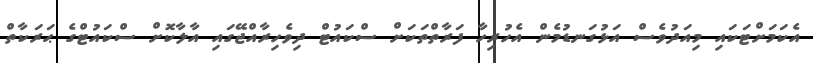
އެކަމަށްޓަކައި މިއަދުވެސް އަޅުގަނޑުމެން އެހުރިހާ ފަރާތްތަކަށް ސްކައުޓް ދިވެހިރާއްޖޭގައި އާލާކޮށް ސްކައުޓްގެ ޙަރަކާތް